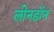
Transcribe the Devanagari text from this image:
लीनडॉन